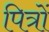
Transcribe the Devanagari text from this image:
पित्रों